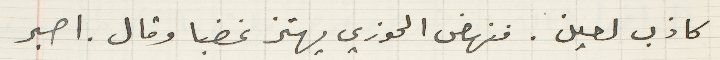
كاذب لعين. فنهض الحوزي يهتز غضبا وقال. اصبر